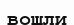
вошли